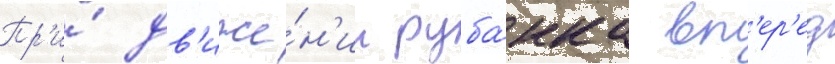
Пр'и́ дв'иже́н'ии руба́нка вп'ер'ед